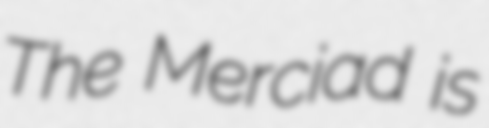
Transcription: The Merciad is